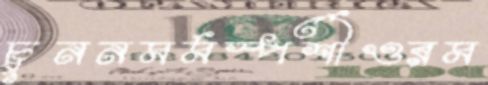
চুননমর্মস্পর্শীওরম